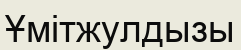
Ұмітжулдызы